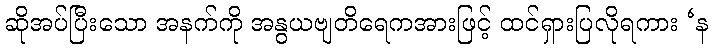
ဆိုအပ်ပြီးသော အနက်ကို အနွယဗျတိရေကအားဖြင့် ထင်ရှားပြလိုရကား ‘န